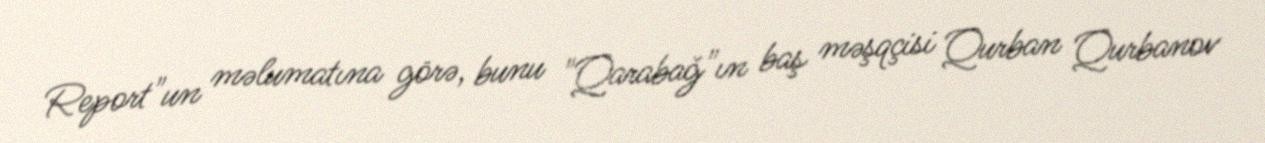
Report"un məlumatına görə, bunu "Qarabağ"ın baş məşqçisi Qurban Qurbanov